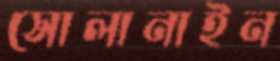
সোলানাইন